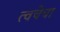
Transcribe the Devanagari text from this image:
त्‍वचेचा